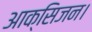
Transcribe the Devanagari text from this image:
आक्सिजन।